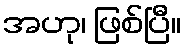
အဟု၊ ဖြစ်ပြီ။